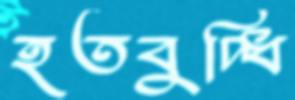
হতবুদ্ধি